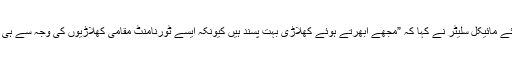
تفصیلات کے مطابق انسٹاگرام ویڈیو میں گفتگو کرتے ہوئے مائیکل سلیٹر نے کہا کہ ”مجھے ابھرتے ہوئے کھلاڑی بہت پسند ہیں کیونکہ ایسے ٹورنامنٹ مقامی کھلاڑیوں کی وجہ سے ہی مضبوط ہوتے ہیں اور پی ایس ایل کا بھی یہی حساب ہے۔